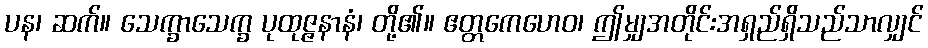
ပန၊ ဆက်။ သေက္ခာသေက္ခ ပုထုဇ္ဇနာနံ၊ တို့၏။ ဧတ္တကေဟေဝ၊ ဤမျှအတိုင်းအရှည်ရှိသည်သာလျှင်